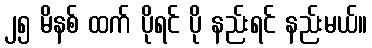
၂၅ မိနစ် ထက် ပိုရင် ပို နည်းရင် နည်းမယ်။